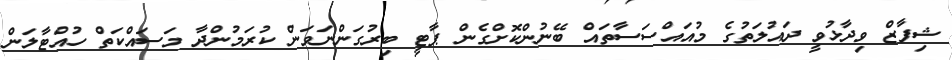
ޝިފާޒް ވިދާޅުވީ ދައުލަތުގެ މުއައްސަަސާތައް ބޭނުންކޮށްގެން ޕާޓީ ބިރުގަންނަވަން ކުރަމުންދާ މަސައްކަތް ހުއްޓާލަން